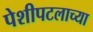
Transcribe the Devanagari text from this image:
पेशीपटलाच्या